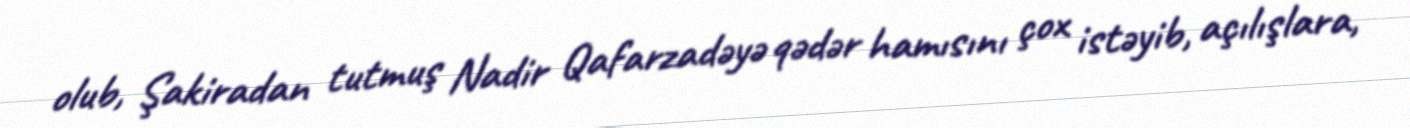
olub, Şakiradan tutmuş Nadir Qafarzadəyə qədər hamısını çox istəyib, açılışlara,